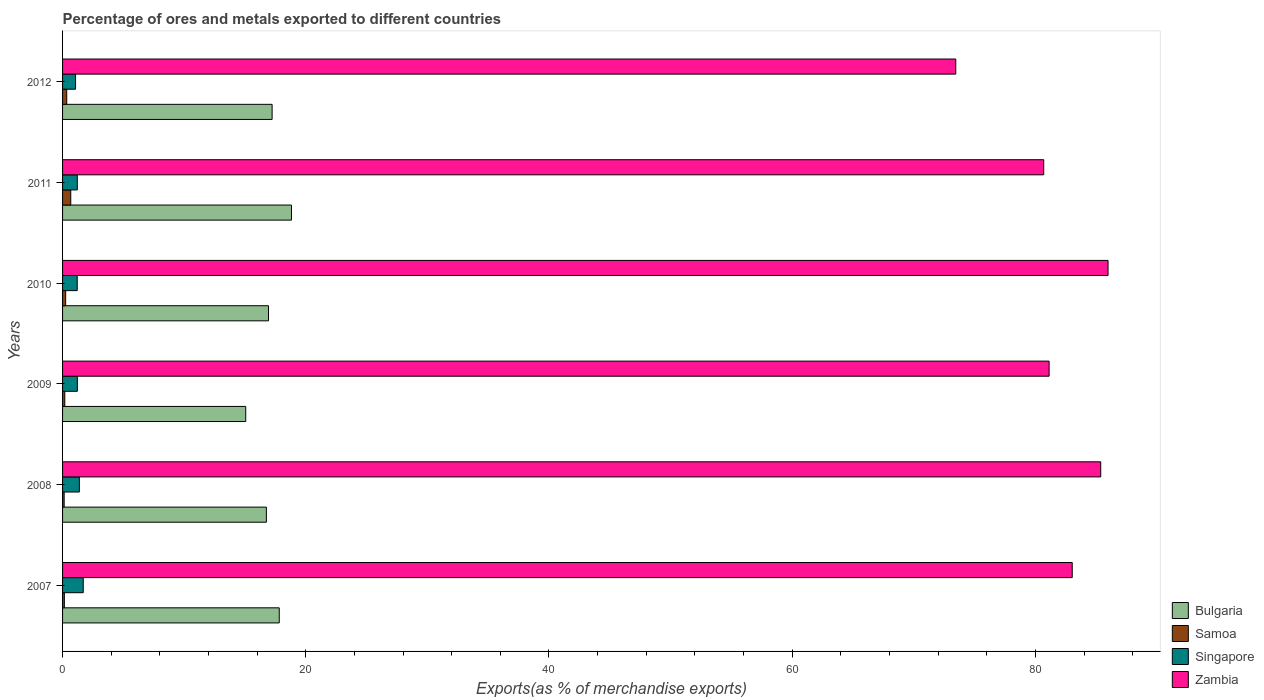
| Years | Bulgaria | Samoa | Singapore | Zambia |
 | --- | --- | --- | --- | --- |
 | 2007 | 17.8 | 0.148 | 1.7 | 83 |
 | 2008 | 16.8 | 0.13 | 1.38 | 85.4 |
 | 2009 | 15.1 | 0.183 | 1.22 | 81.1 |
 | 2010 | 16.9 | 0.255 | 1.21 | 86 |
 | 2011 | 18.8 | 0.673 | 1.21 | 80.7 |
 | 2012 | 17.2 | 0.342 | 1.07 | 73.5 |